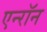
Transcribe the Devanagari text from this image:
एन्‍रॉन